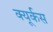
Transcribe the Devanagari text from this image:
क्यूर्कस